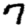
Digit: 7